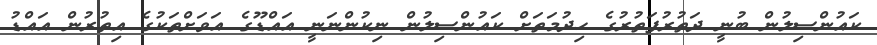
ކައުންސިލުން ބުނީ ދަތުރުފަތުރުގެ ހިދުމަތަށް ކައުންސިލުން ނިކުންނަނީ އައްޑޫގެ އަވަށްތަކުގެ އިތުރުން އައްޑު